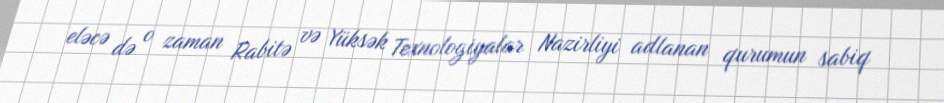
eləcə də o zaman Rabitə və Yüksək Texnologiyalar Nazirliyi adlanan qurumun sabiq